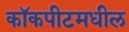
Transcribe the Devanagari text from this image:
कॉकपीटमधील